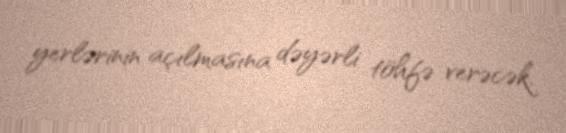
yerlərinin açılmasına dəyərli töhfə verəcək.